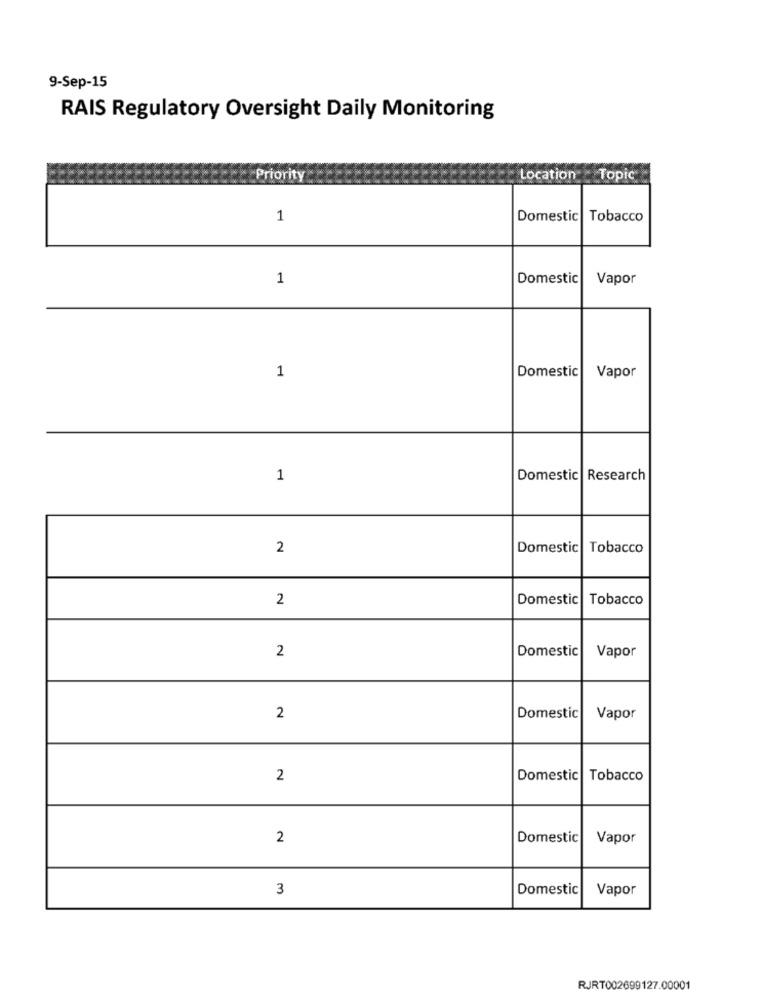
9-Sep-15
RAIS Regulatory Oversight Daily Monitoring
Priority
Location
Topic
1
Domestic Tobacco
1
Domestic
Vapor
1
Domestic
Vapor
1
Domestic Research
2
Domestic Tobacco
2
Domestic
Tobacco
2
Domestic
Vapor
2
Domestic
Vapor
2
Domestic
Tobacco
2
Domestic
Vapor
3
Domestic
Vapor
RJRT002699127.00001